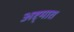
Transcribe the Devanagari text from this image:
अष्ट्मात